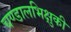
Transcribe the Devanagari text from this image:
चण्डालभिक्षुकी